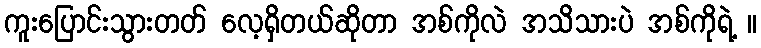
ကူးပြောင်းသွားတတ် လေ့ရှိတယ်ဆိုတာ အစ်ကိုလဲ အသိသားပဲ အစ်ကိုရဲ့ ။